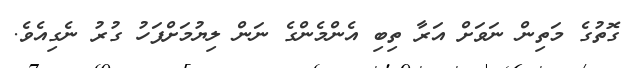
ގޮތުގެ މަތިން ނަވަށް އަރާ ތިބި އެންމެންގެ ނަން ލިޔުމަށްފަހު ގުރު ނެގިއެވެ.